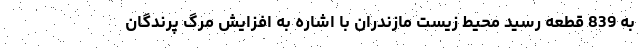
به 839 قطعه رسید محیط زیست مازندران با اشاره به افزایش مرگ پرندگان